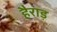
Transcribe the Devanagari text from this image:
हैराड़